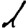
Digit: 1